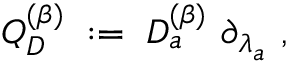
Q _ { D } ^ { ( \beta ) } \; : = \; D _ { a } ^ { ( \beta ) } \ \partial _ { \lambda _ { a } } \ ,